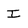
Character: I